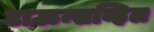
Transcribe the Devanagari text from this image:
टाऊन्सव्हिल